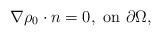
LaTeX: \begin{align*}\nabla\rho_0\cdot n=0,\ {\rm on}\ \partial\Omega,\end{align*}